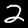
Digit: 2